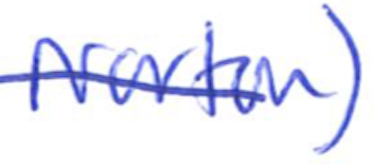
Text: Norton)
Cross-out: single-line
Writing tool: ballpoint